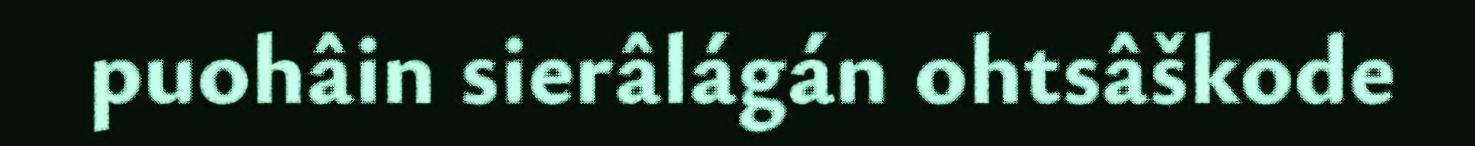
puohâin sierâlágán ohtsâškode